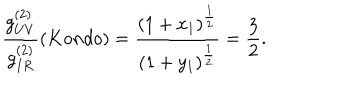
\frac { g _ { U V } ^ { ( 2 ) } } { g _ { I R } ^ { ( 2 ) } } \left( K o n d o \right) = \frac { \left( 1 + x _ { 1 } \right) ^ { \frac { 1 } { 2 } } } { ( 1 + y _ { 1 } ) ^ { \frac { 1 } { 2 } } } = \frac { 3 } { 2 } .